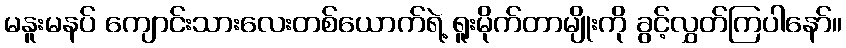
မနူးမနပ် ကျောင်းသားလေးတစ်ယောက်ရဲ့ ရူးမိုက်တာမျိုးကို ခွင့်လွှတ်ကြပါနော်။